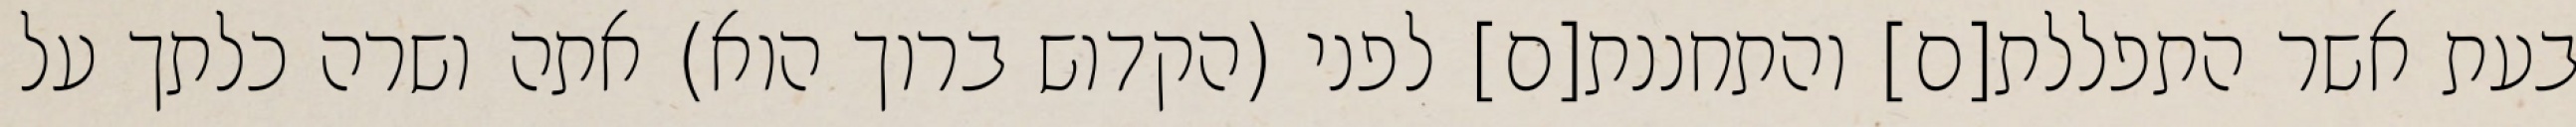
בעת אשר התפללת[ם] והתחננת[ם] לפני (הקדוש ברוך הוא) אתה ושרה כלתך על